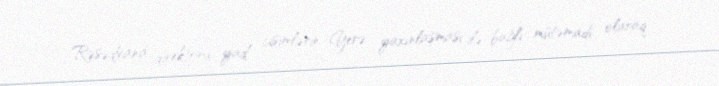
Rəsədxana direktoru yad cisimlərin Yerə yaxınlaşması ilə bağlı mütəmadi olaraq,